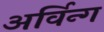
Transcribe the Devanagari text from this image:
अर्विन्ग